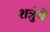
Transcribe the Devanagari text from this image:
शत्रुंचे